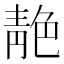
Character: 靘